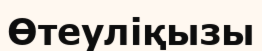
Өтеуліқызы